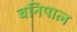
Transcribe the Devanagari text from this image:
बनिपाल